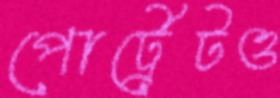
পোর্ট্রেটও